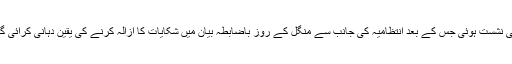
عدنان خان کی متاثرہ طالبات سے ایک لمبی نشست ہوئی جس کے بعد انتظامیہ کی جانب سے منگل کے روز باضابطہ بیان میں شکایات کا ازالہ کرنے کی یقین دہانی کرائی گئی اور اس کو ایک بدقسمت واقعہ قرار دیا۔